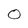
Character: 0